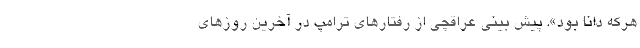
هرکه دانا بود». پيش بينى عراقچى از رفتارهاى ترامپ در آخرین روزهای